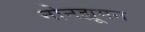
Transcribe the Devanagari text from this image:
नोनह्यूमन